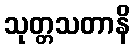
သုတ္တသတာနိ